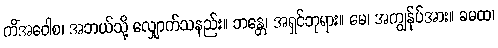
ကိံအဝေါစ၊ အဘယ်သို့ လျှောက်သနည်း။ ဘန္တေ၊ အရှင်ဘုရား။ မေ၊ အကျွန်ုပ်အား။ ခမထ၊